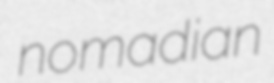
nomadian